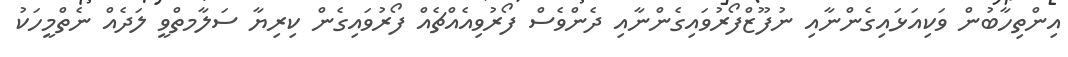
އިންތިހާބުން ވަކިއަޅައިގެންނާއި ނުފޫޒްފޯރުވައިގެންނާއި ދެންވެސް ފޯރުވިއެއްޗެއް ފޯރުވައިގެން ކިރިޔާ ސަލާމތްވީ ލަދެއް ނެތްމީހަކު